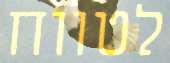
לטווח